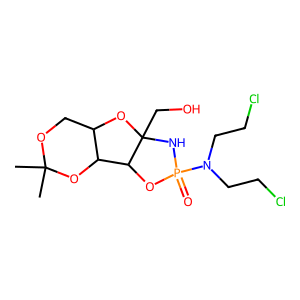
SMILES: CC1(C)OCC2OC3(CO)NP(=O)(N(CCCl)CCCl)OC3C2O1
Inhibits HIV replication: No